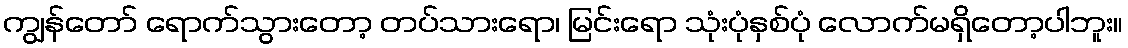
ကျွန်တော် ရောက်သွားတော့ တပ်သားရော၊ မြင်းရော သုံးပုံနှစ်ပုံ လောက်မရှိတော့ပါဘူး။